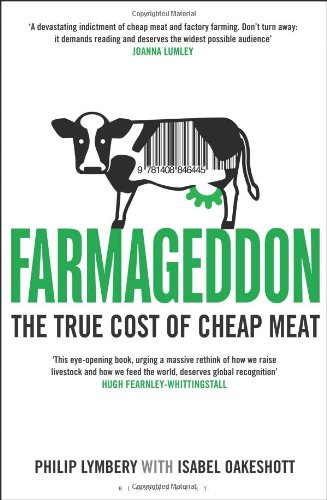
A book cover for Farmageddon: The True Cost of Cheap Meat; Philip Lymbery; Science & Math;